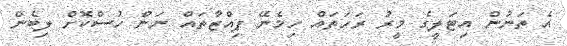
އެ ތަނުން އިޓަލީގެ މީރު ރަހަތައް ހިމެނޭ ޕިއްޒާތައް ނަން ހުސްކޮށް ލިބެން